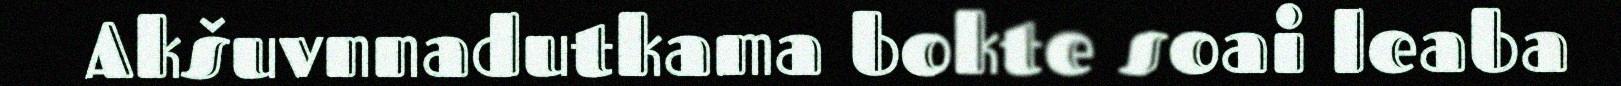
Akšuvnnadutkama bokte soai leaba